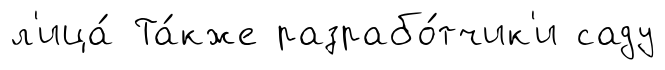
л'ица́ Та́кже разрабо́тчик'и саду